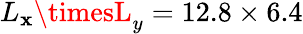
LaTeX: L_{\mathbf{x}}\timesL_{y}=12.8\times6.4